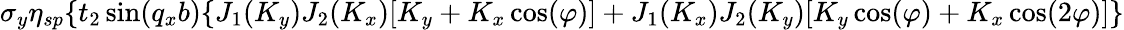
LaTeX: \sigma_{y}\eta_{sp}\{ t_{2}\sin(q_{x}b)\{ J_{1}(K_{y})J_{2}(K_{x})[K_{y}+K_{x}\cos(\varphi)]+J_{1}(K_{x})J_{2}(K_{y})[K_{y}\cos(\varphi)+K_{x}\cos(2\varphi)]\}